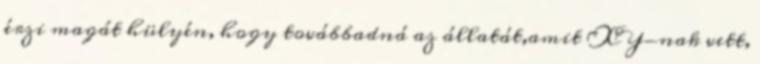
érzi magát hülyén, hogy továbbadná az állatát,amit XY-nak vett,